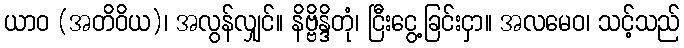
ယာဝ (အတိဝိယ)၊ အလွန်လျှင်။ နိဗ္ဗိန္ဒိတုံ၊ ငြီးငွေ့ခြင်းငှာ။ အလမေဝ၊ သင့်သည်